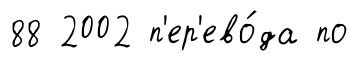
88 2002 п'ер'ево́да по